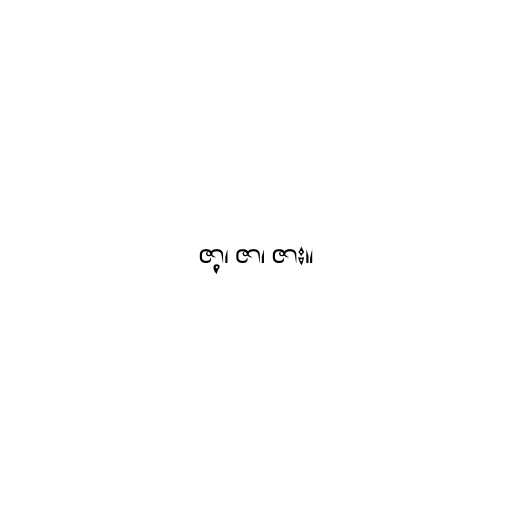
ဇာ့၊ ဇာ၊ ဇား။